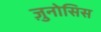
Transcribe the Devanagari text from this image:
ज़ुनोसिस